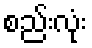
စည်းလုံး